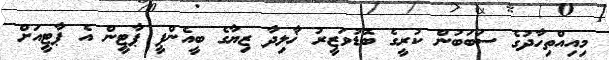
މިއިއްތިހާދުގެ ސަބަބުން ކުރީގެ ބޮޑުވަޒީރު ޚާލިދާ ޒިޔާގެ ބީއެންޕީ ޕާޓީން އެ ޕާޓީއަށް